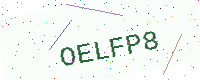
Text: OELFP8